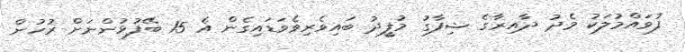
ފުވައްމުލަކު މެދު ދާއިރާގެ ޝިފާގު މުފީދު ބައިވެރިވެވަޑައިގެން އެ 15 ބޭފުޅުންނަށް ރުހުން